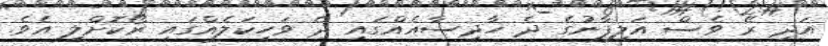
އަދި ރޭ ވެސް އަލިފާނުގެ ދެ ހާދިސާއެއްގައި ދެ ވަހިކަލެއްގައި ރޯކޮށްލި އެވެ.